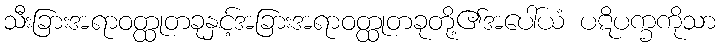
သီးခြားအရာဝတ္ထုတခုနှင့်အခြားအရာဝတ္ထုတခုတို့၏အပေါ်ယံ ပဋိပက္ခကိုသာ